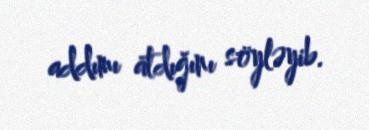
addımı atdığını söyləyib.